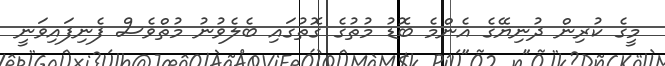
މީގެ ކުރިން ދުނިޔޭގެ އެންމެ ބޮޑު މުތުގެ ގޮތުގައި ބެލެވުނު މުތްވެސް ފެނިފައިވަނީ